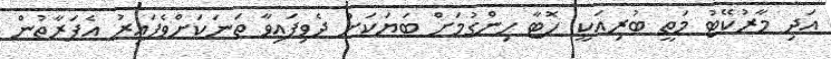
އަދި މާރުކޭޓު މަތީ ބުރިއަކީ ހޮޓާ ހިންގުމަށް ބަޔަކަށް ދެވިފައިވާ ތަނަކަށްވެފައިރު އެފަރާތުން